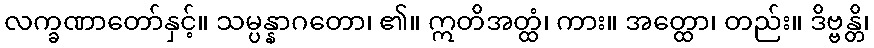
လက္ခဏာတော်နှင့်။ သမ္ပန္နာဂတော၊ ၏။ ဣတိအတ္ထံ၊ ကား။ အတ္ထော၊ တည်း။ ဒိဗ္ဗန္တိ၊